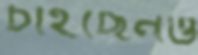
চাইছেনও